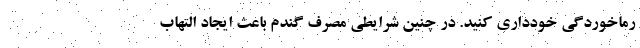
رماخوردگی خودداری کنید. در چنین شرایطی مصرف گندم باعث ایجاد التهاب